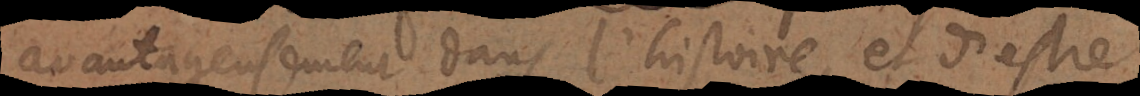
avantageusement dans l’histoire, et d’estre